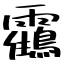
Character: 靍